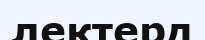
лектерд